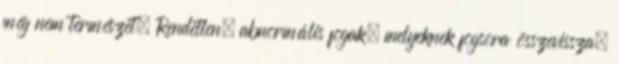
még nem természet. Rendetlen, abnormális fogak, melyeknek fogsora összevissza,